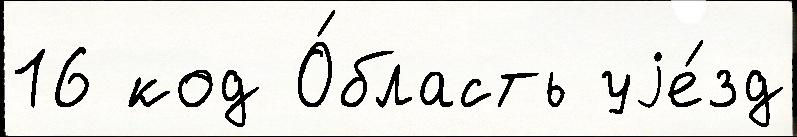
16 код О́бласть уjе́зд